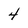
Character: 4